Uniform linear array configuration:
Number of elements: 16
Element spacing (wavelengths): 0.5
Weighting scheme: kaiser
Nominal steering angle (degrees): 0
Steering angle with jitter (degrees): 1.035
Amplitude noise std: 0.05
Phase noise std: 0.05

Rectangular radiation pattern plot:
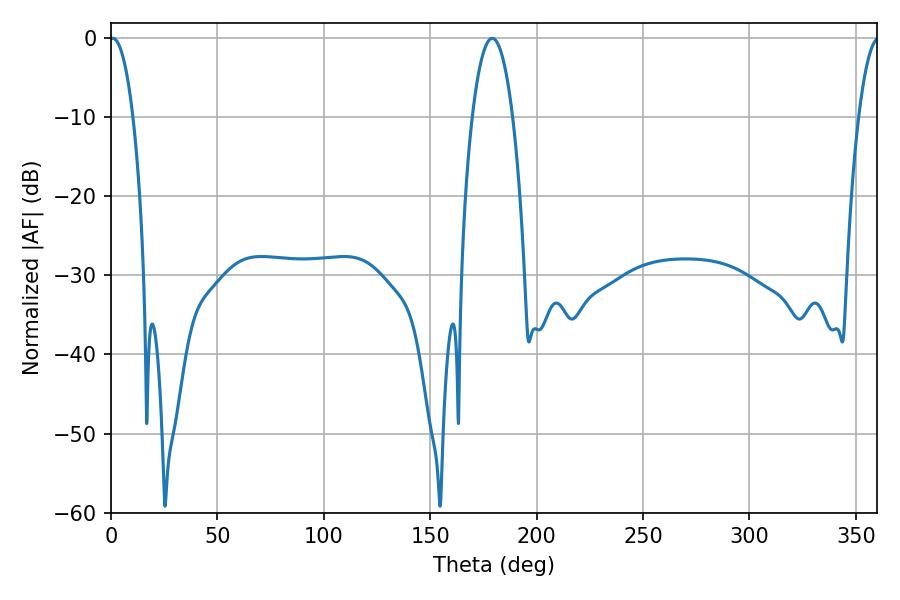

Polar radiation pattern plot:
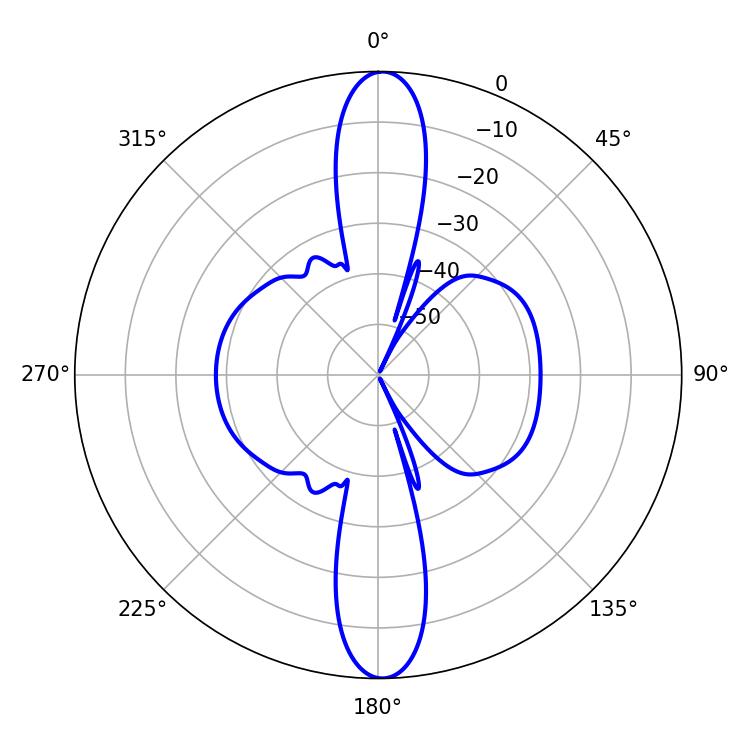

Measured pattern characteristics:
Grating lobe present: FALSE
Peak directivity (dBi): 25.35
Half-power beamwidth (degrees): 6.12
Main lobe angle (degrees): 0.9